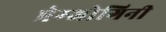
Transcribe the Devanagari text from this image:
प्रेम्जोगिनी